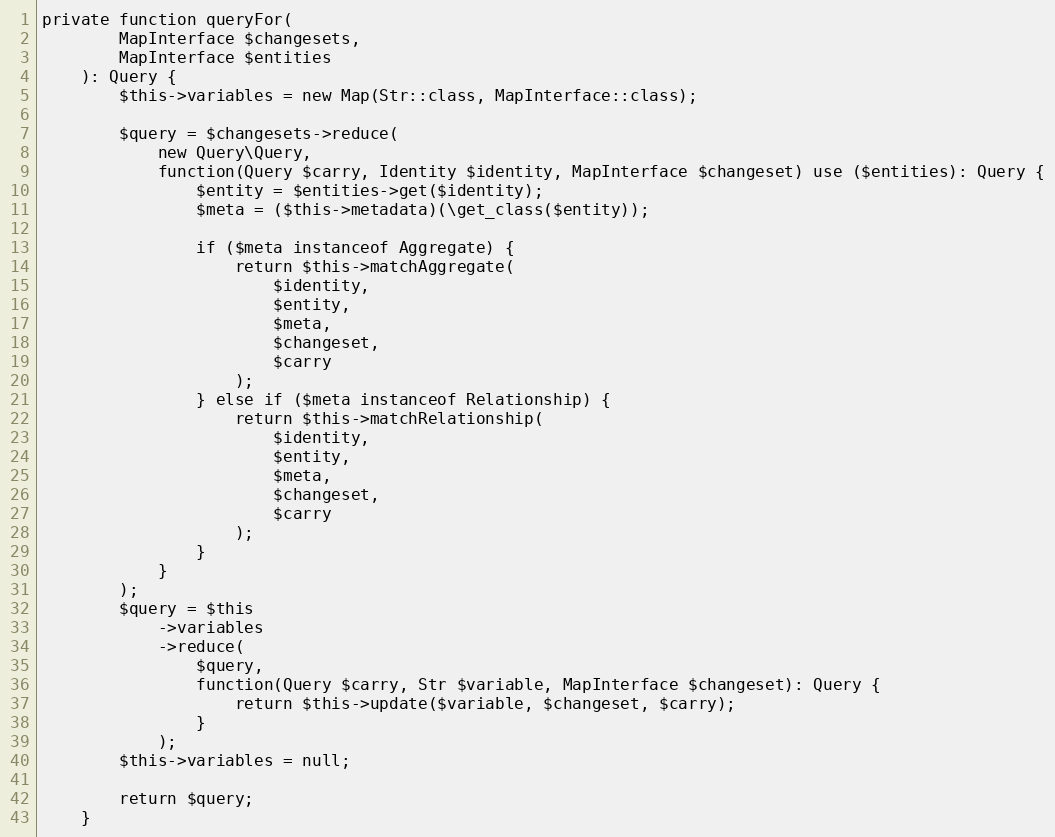
Language: PHP
private function queryFor(
        MapInterface $changesets,
        MapInterface $entities
    ): Query {
        $this->variables = new Map(Str::class, MapInterface::class);

        $query = $changesets->reduce(
            new Query\Query,
            function(Query $carry, Identity $identity, MapInterface $changeset) use ($entities): Query {
                $entity = $entities->get($identity);
                $meta = ($this->metadata)(\get_class($entity));

                if ($meta instanceof Aggregate) {
                    return $this->matchAggregate(
                        $identity,
                        $entity,
                        $meta,
                        $changeset,
                        $carry
                    );
                } else if ($meta instanceof Relationship) {
                    return $this->matchRelationship(
                        $identity,
                        $entity,
                        $meta,
                        $changeset,
                        $carry
                    );
                }
            }
        );
        $query = $this
            ->variables
            ->reduce(
                $query,
                function(Query $carry, Str $variable, MapInterface $changeset): Query {
                    return $this->update($variable, $changeset, $carry);
                }
            );
        $this->variables = null;

        return $query;
    }